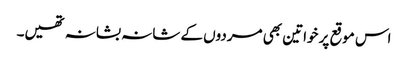
اس موقع پر خواتین بھی مردوں کے شانہ بشانہ تھیں۔